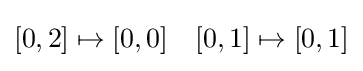
{\begin{matrix}[0,2]\mapsto [0,0]&[0,1]\mapsto [0,1]\end{matrix}}